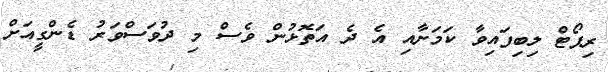
ރިޕޯޓް ލިބިފައިވާ ކަމަށާއި އެ ދެ އަތޮޅުން ވެސް މި ދުވަސްވަރު ޑެންގީއަށް